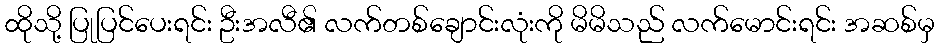
ထိုသို့ ပြုပြင်ပေးရင်း ဦးအလီ၏ လက်တစ်ချောင်းလုံးကို မိမိသည် လက်မောင်းရင်း အဆစ်မှ